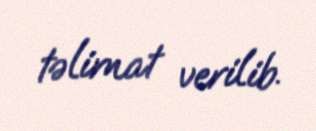
təlimat verilib.